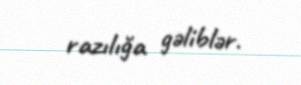
razılığa gəliblər.